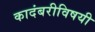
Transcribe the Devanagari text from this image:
कादंबरीविषयी